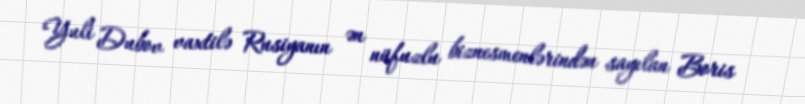
Yuli Dubov vaxtilə Rusiyanın ən nüfuzlu biznesmenlərindən sayılan Boris